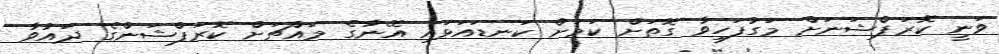
ވަނީ ކޮރަޕްޝަނަށް މަގުފަހިވާ ގޮތަށް ކަމަށް ކަނޑައަޅައި އޭނާގެ މައްޗަށް ކޮރަޕްޝަންގެ ދައުވާ